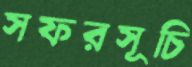
সফরসূচি